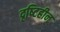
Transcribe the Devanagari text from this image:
दृष्‍टिहीन